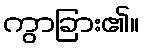
ကွာခြား၏။